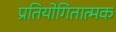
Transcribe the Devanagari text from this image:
प्रतियोगितात्मक